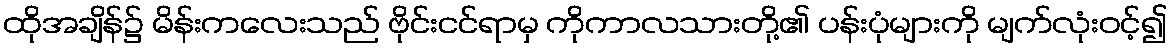
ထိုအချိန်၌ မိန်းကလေးသည် ဗိုင်းငင်ရာမှ ကိုကာလသားတို့၏ ပန်းပုံများကို မျက်လုံးဝင့်၍